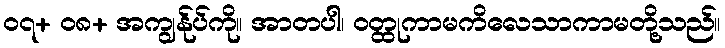
၀၇+ ၀၈+ အကျွန်ုပ်ကို။ အာတပါ၊ ဝတ္ထုကာမကိလေသာကာမတို့သည်။